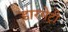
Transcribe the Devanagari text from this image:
डारमेट्री